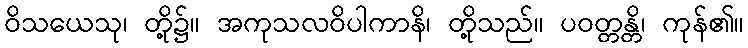
ဝိသယေသု၊ တို့၌။ အကုသလဝိပါကာနိ၊ တို့သည်။ ပဝတ္တန္တိ၊ ကုန်၏။